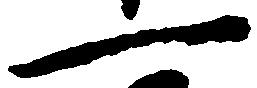
一